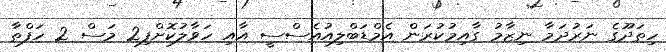
ހިތަދޫގެ ނަރުދަމާ ނިޒާމު ގާއިމުކުރަން އެމްޑަބްލިއުއެސްސީ އާއި ހަވާލުކޮށްފި2 މަސް 2 ހަފްތާ